Report on the Civil Veterinary Department, Eastern Bengal and Assam - 1907-1911
Year: 1907
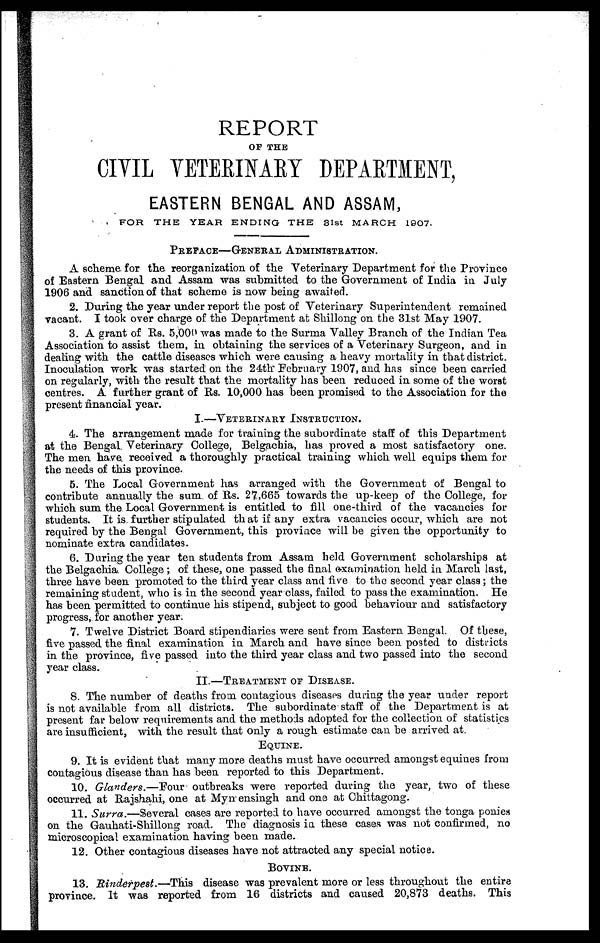
REPORT
OF THE
CIVIL VETERINARY DEPAETMENT,
EASTERN BENGAL AND ASSAM,
FOR THE YEAR ENDING THE 31st MARCH 1907.
PREFACE—GENERAL ADMINISTRATION.
A scheme for the reorganization of the Veterinary Department for the Province
of Eastern Bengal and Assam was submitted to the Government of India in July
1906 and sanction of that scheme is now being awaited.
2. During the year under report the post of Veterinary Superintendent remained
vacant. I took over charge of the Department at Shillong on the 31st May 1907.
3. A grant of Rs. 5,000 was made to the Surma Valley Branch of the Indian Tea
Association to assist them, in obtaining the services of a Veterinary Surgeon, and in
dealing with the cattle diseases which were causing a heavy mortality in that district.
Inoculation work was started on the 24th February 1907, and has since been carried
on regularly, with the result that the mortality has been reduced in. some of the worst
centres. A further grant of Rs. 10,000 has been promised to the Association for the
present financial year.
I.—VETERINARY INSTRUCTION.
4. The arrangement made for training the subordinate staff of this Department
at the Bengal. Veterinary College, Belgachia, has proved a most satisfactory one.
The men have received a thoroughly practical training which well equips them for
the needs of this province.
5. The Local Government has arranged with the Government of Bengal to
contribute annually the sum. of Rs. 27,665 towards the up-keep of the College, for
which sum the. Local Government is entitled to fill one-third of the vacancies for
students. It is. further stipulated that if any extra vacancies occur, which are not
required by the Bengal Government, this province will be given the opportunity to
nominate extra candidates.
6. During the year ten students from Assam held Government scholarships at
the Belgachia. College ; of these, one passed the final examination held in March last,
three have been promoted to the third year class and five to the second year class; the
remaining student, who is in the second year class, failed to pass the examination. He
has been permitted to continue his stipend, subject to good behaviour and satisfactory
progress, for another year.
7. Twelve District Board stipendiaries were sent from Eastern Bengal. Of these,
five passed the final examination in March and have since been posted to districts
in the province, five passed into the third year class and two passed into the second
year class.
II.—TREATMENT OF DISEASE.
8. The number of deaths from contagious diseases during the year under report
is not available from all districts. The subordinate staff of the Department is at
present far below requirements and the methods adopted for the collection of statistics
are insufficient, with the result that only a rough estimate can be arrived at.
EQUINE.
9. It is evident that many more deaths must have occurred amongst equines from
contagious disease than has been reported to this Department.
10. Glanders.—Four
outbreaks were reported during the year, two of these
occurred at Rajshahi, one at Mymensingh and one at Chittagong.
11. Surra.—Several
cases are reported to have occurred amongst the tonga ponies
on the Gauhati-Shillong road. The diagnosis in these cases was not confirmed, no
microscopical examination having been made.
12. Other contagious diseases have not attracted any special notice.
BOVINE.
13. Rinderpest.—This
disease was prevalent more or less throughout the entire
province. It was reported from 16 districts and caused 20,873 deaths. This